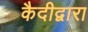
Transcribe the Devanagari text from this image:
कैदीद्वारा